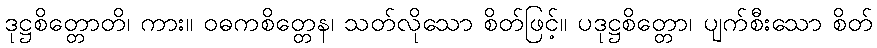
ဒုဋ္ဌစိတ္တောတိ၊ ကား။ ဝဓကစိတ္တေန၊ သတ်လိုသော စိတ်ဖြင့်။ ပဒုဋ္ဌစိတ္တော၊ ပျက်စီးသော စိတ်